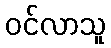
ဝင်လာသူ